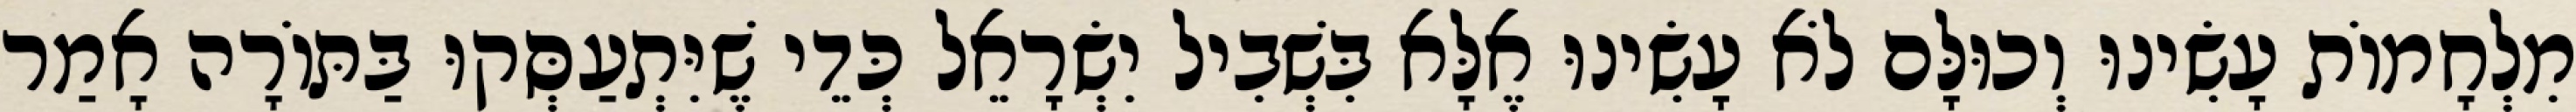
מִלְחָמוֹת עָשִׂינוּ וְכוּלָּם לֹא עָשִׂינוּ אֶלָּא בִּשְׁבִיל יִשְׂרָאֵל כְּדֵי שֶׁיִּתְעַסְּקוּ בַּתּוֹרָה אָמַר